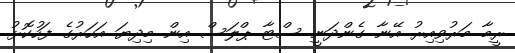
ރީމާ މަރުވިއިރު އޭނާ ގެންދަނީ ސްޓާ ޕްލަސް އިން މިދިޔަ އަހަރުގެ ފަހުކޮޅު